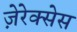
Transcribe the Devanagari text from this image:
ज़ेरेक्सेस